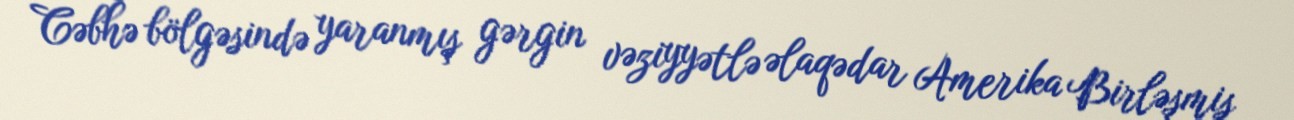
Cəbhə bölgəsində yaranmış gərgin vəziyyətlə əlaqədar Amerika Birləşmiş